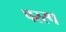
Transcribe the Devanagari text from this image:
परस्प